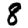
Digit: 8